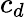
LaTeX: c_{d}